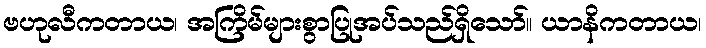
ဗဟုလီကတာယ၊ အကြိမ်များစွာပြုအပ်သည်ရှိသော်။ ယာနိကတာယ၊